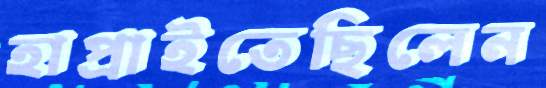
হাপ্‌রাইতেছিলেন